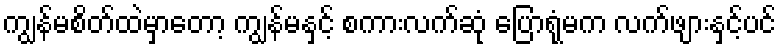
ကျွန်မစိတ်ထဲမှာတော့ ကျွန်မနှင့် စကားလက်ဆုံ ပြောရုံမက လက်ဖျားနှင့်ပင်